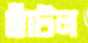
ছাঁটল